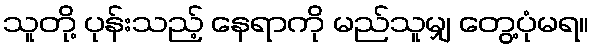
သူတို့ ပုန်းသည့် နေရာကို မည်သူမျှ တွေ့ပုံမရ။